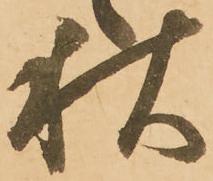
秋